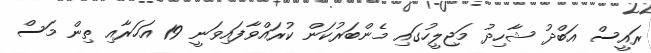
ރައީސް އަބްދު ޝާހިދު މަޖިލީހުގައި މެންބަރުކަން ކުރައްވާފައިވަނީ 19 އަހަރާއި ތިން މަސް